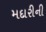
મદારીની